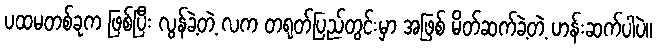
ပထမတစ်ခုက ဖြစ်ပြီး လွန်ခဲ့တဲ့ လက တရုတ်ပြည်တွင်းမှာ အဖြစ် မိတ်ဆက်ခဲ့တဲ့ ဟန်းဆက်ပါပဲ။